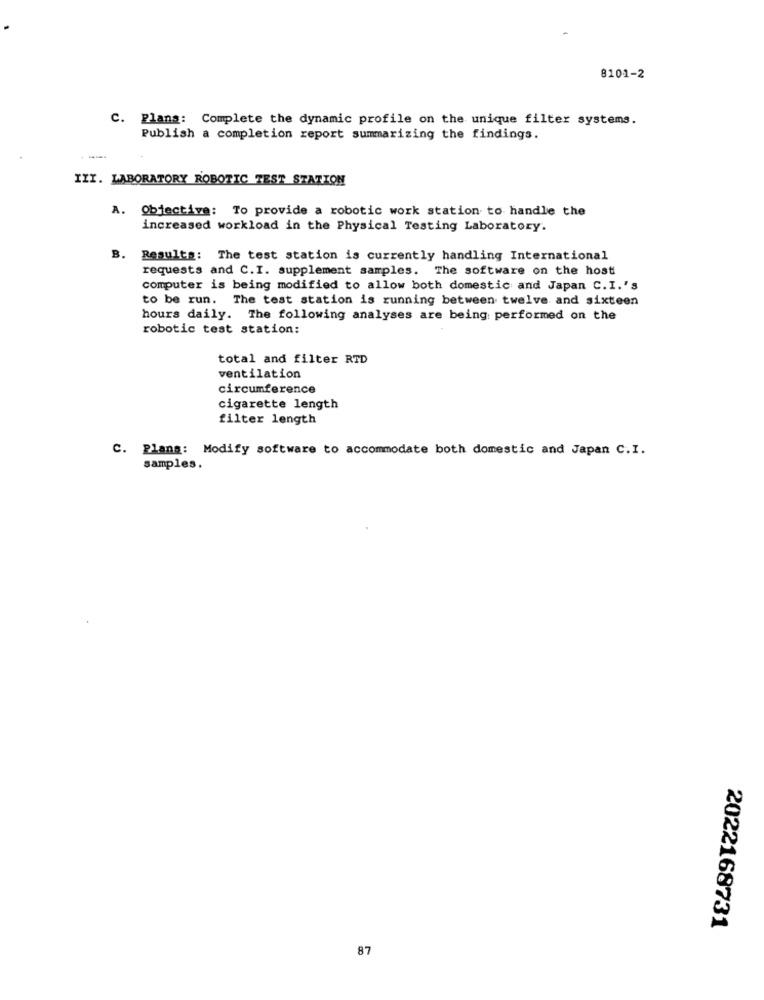
8101-2
C. Plans: Complete the dynamic profile on the unique filter systems.
Publish a completion report summarizing the findings.
III. LABORATORY ROBOTIC TEST STATION
A. Objective: To provide a robotic work station to handle the
increased workload in the Physical Testing Laboratory.
B. Results: The test station is currently handling International
requests and C.I. supplement samples. The software on the host
computer is being modified to allow both domestic and Japan C.I.'s
to be run. The test station is running between twelve and sixteen
hours daily. The following analyses are being performed on the
robotic test station:
total and filter RTD
ventilation
circumference
cigarette length
filter length
C. Plans: Modify software to accommodate both domestic and Japan C.I.
samples.
2022168731
87